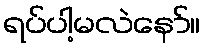
ရပ်ပါ့မလဲနော်။